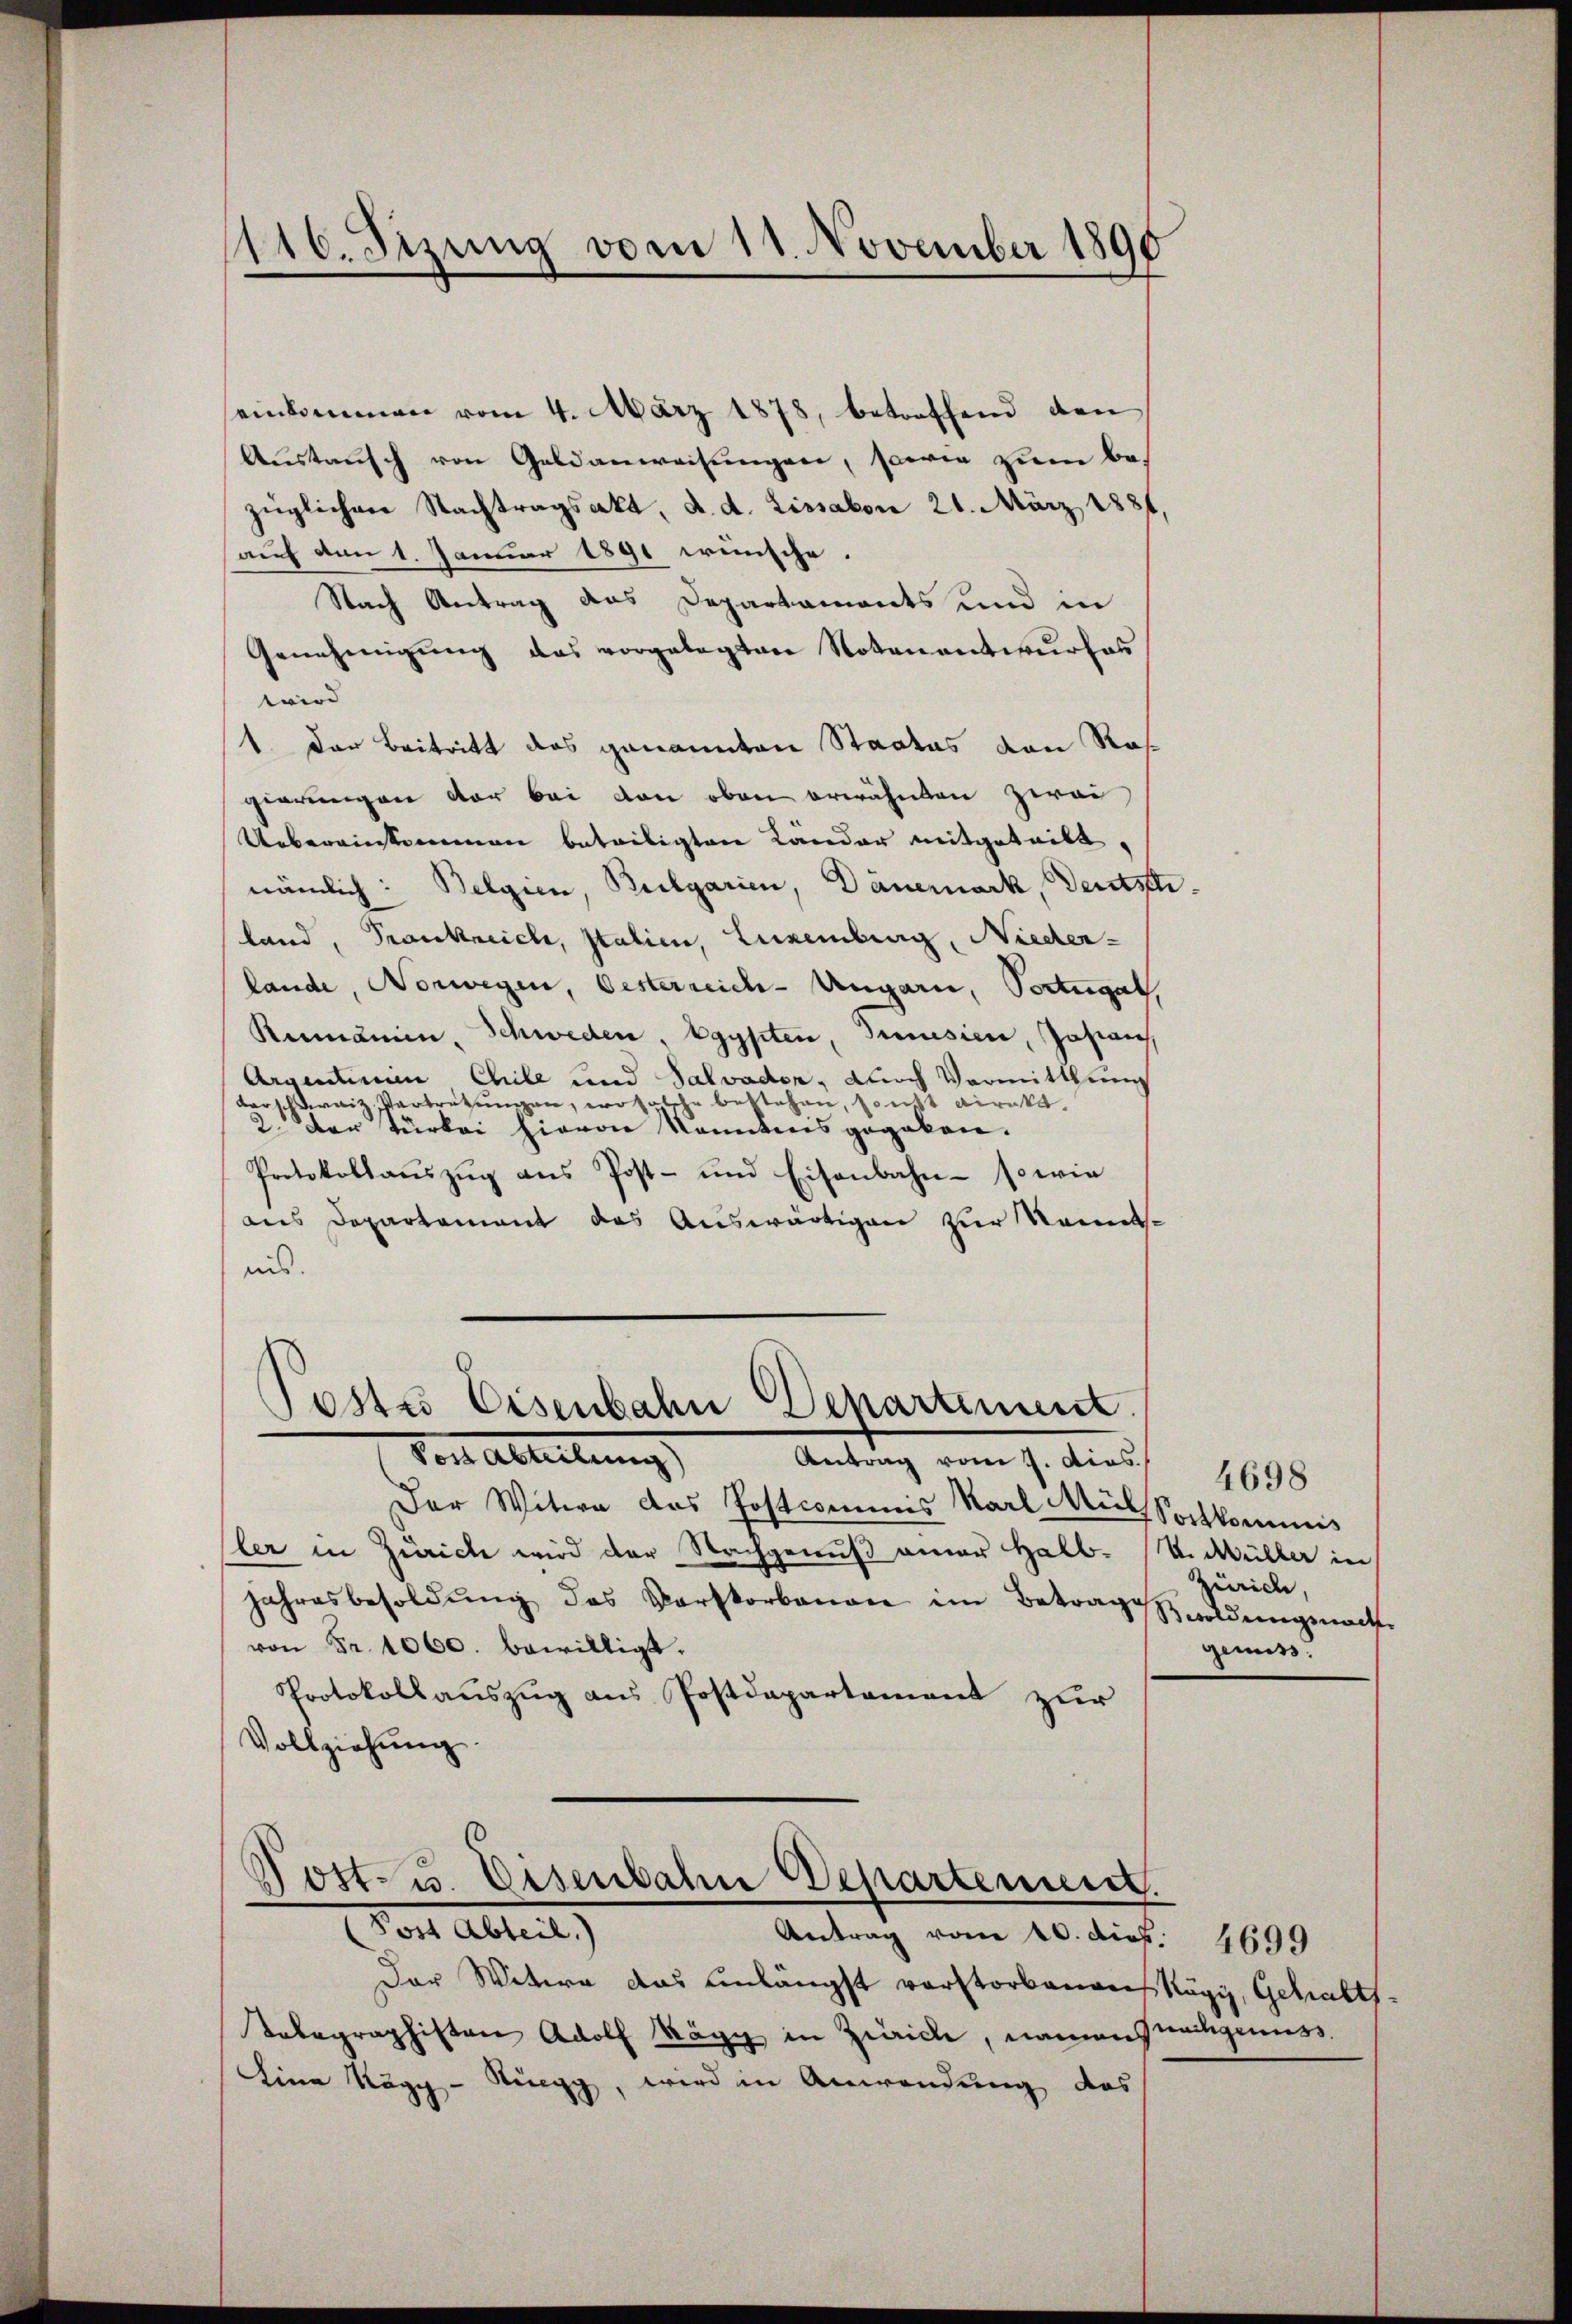
116. Sizung vom 11. November 1890

einkommen vom 4. März 1878, betreffend den
Austausch von Geldanweisungen, sowie zum bezüglichen Nachtragsakt, d. d. Lissabon 21. März 1881,
auf vom 1. Januar 1891 wünsche.
Nach Antrag das Departaments und in
Genehmigŭng das vorgelegten Notenantwurfes
wird
1. Der Beitritt das genannten Staates den Ros
gierungen der bei von oben erwähnten Zwei
Uebereinkommen beteiligten Länder mitgeteilt,
nämlich: Belgien, Bulgarien, Dauernark, Deutschland, Frankreich, Italien, Luxenberg, Nieder-
lande, Norwegen, Oesterreich-Ungarn, Portugal,
Rumänien, Schweden, Egypten, Junisier, Josian
Argentinien Chile und Salvaden, durch Vormittlung
dar Dreiz, Vertretungen, wo solche bestehen, sonst direkt
3 der Türkei hievon Kenntnis gegeben.
Protokollaŭszŭg ans Post- und Eisenbahn- so wie
dus Departement das Auswärtigen zur Kenntnis.

Der Witwe das Postcommis Karl Mül Sachkommis
sler in Zürich wird der Nachgenuß einer Halbjahresbesoldŭng des Vorstorbenen im Betrage wildungeacht
von Fr. 1060. bewilligt.
Protokollauszug aus Postdepartement zur
Vollziehung.

Posts Eisenbahn Departement.
Vor Ableitung
Antrag vom 2. Aios. 1698

.
 ost- u. Eisenbahn Departement.
Vor Abtret
Antrag vom 20. dieß. 4699

V. Müller in
Zürich,
genuss.

Der Witwe das unlängst verstorbenant Kägi, Gehalts-
Telegraphisten Adolf Käpp in Zürich, namen weitgenuss.
Lina Ragg - Ringg, wird in Anwendung des